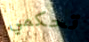
تحكمي